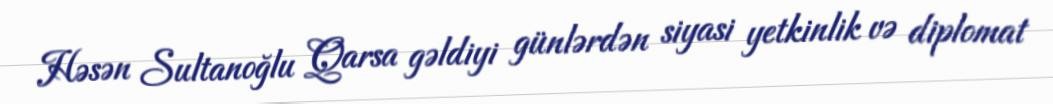
Həsən Sultanoğlu Qarsa gəldiyi günlərdən siyasi yetkinlik və diplomat